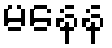
မနေန